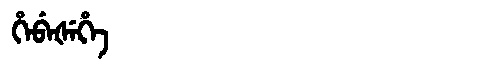
Manchu: ᡥᡝᠪᡝᡧᡝᡥᡝ
Romanization: HEBEŠEHE